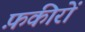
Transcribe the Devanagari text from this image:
फ़कीरों